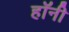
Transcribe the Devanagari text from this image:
हॉनी